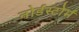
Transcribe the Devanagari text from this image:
नोर्डस्टोर्म